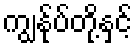
ကျွန်ုပ်တို့နှင့်